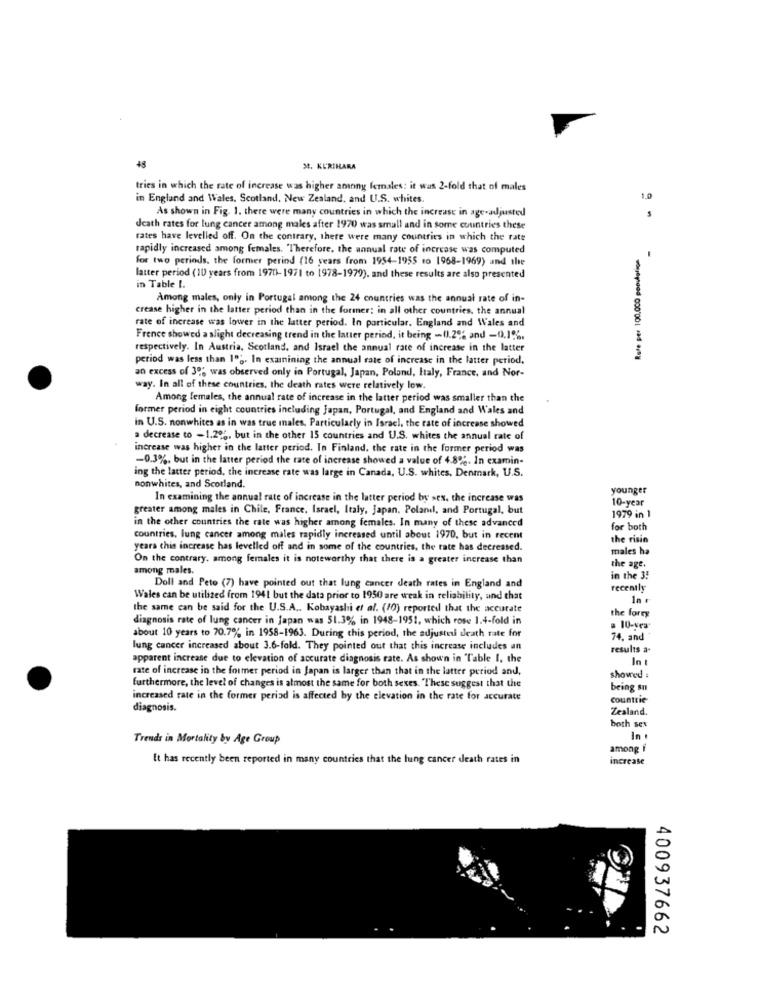
48
3. KURIHARA
tries in which the rate of increase was higher among females: it was 2-fold that of males
in England and Wales. Scotland. New Zealand, and U.S. whites.
1.0
As shown in Fig. 1. there were many countries in which the increase in age-adjusted
death rates for lung cancer among males after 1970 was small and in some countries these
rates have levelled off. On the contrary, there were many countries in which the rate
Rufe per 100.000 populolina
rapidly increased among females. 'Therefore, the annual rate of increase was computed
for two periods, the former perind (16 years from 1954-1955 to 1968-1969) and the
-
latter period (10 years from 1970-1971 to 1978-1979). and these results are also presented
in Table I.
Among males, only in Portugal among the 24 countries was the annual rate of in-
crease higher in the latter period than in the former; in all other countries, the annual
rate of increase was lower in the latter period. In particular. England and Wales and
Frenee showed a slight decreasing trend in the latter period, it being -- (.2% and -0.1%.
respectively. In Austria, Scotland, and Israel the annual rate of increase in the latter
period was less than 1" ;. In examnining the annual rate of increase in the latter period,
an excess of 30; was observed only in Portugal, Japan, Poland, Italy, France, and Nor-
way. In all of these countries, the death rates were relatively low.
Among females, the annual rate of increase in the latter period was smaller than the
former period in eight countries including Japan, Portugal, and England and Wales and
in U.S. nonwhites as in was true males, Particularly in Israel, the rate of increase showed
a decrease to -1.20 ;, but in the other 15 countries and U.S. whites the annual rate of
increase was higher in the latter period. In Finland, the rate in the former period was
-0.3%, but in the latter period the rate of increase showed a value of 4.8%. In examin-
ing the latter period, the increase rate was large in Canada, U.S. whites, Denmark, U.S.
nonwhites, and Scotland.
younger
In examining the annual rate of increase in the latter period by sex, the increase was
10-year
greater among males in Chile, France, Israel, Italy, japan. Poland, and Portugal, but
1979 in 1
in the other countries the rate was higher among females. In many of these advanced
for both
countries, lung cancer among males rapidly increased until about 1970, but in recent
the risin
years this increase has levelled off and in some of the countries, the rate has decreased.
males ha
On the contrary. among females it is noteworthy that there is a greater increase than
among males.
the age.
in the 3!
Doll and Pete (7) have pointed out that lung cancer death rates in England and
recently
Wales can be utilized from 1941 but the data prior to 1950 are weak in reliability, and that
the same can be said for the U.S.A .. Kobayashi et al. (10) reported that the accurate
the forry
diagnosis rate of lung cancer in japan was 51.3% in 1948-1951, which rose 1.4-fold in
= 10-ves
about 10 years to 70.7% in 1958-1963. During this period, the adjusted death rate for
74, and
lung cancer increased about 3.6-fold. They pointed out that this increase includes an
results a-
apparent increase due to elevation of accurate diagnosis rate. As shown in Table I, the
In t
rate of increase in the former period in Japan is larger than that in the latter period and,
showed :
furthermore, the level of changes is almost the same for both sexes. These suggest that the
being sn
increased rate in the former period is affected by the elevation in the rate for accurate
countrie
diagnosis.
Zealand.
both sex
Trends in Mortality by Age Group
In
among f
It has recently been reported in many countries that the lung cancer death rates in
increase
400937662